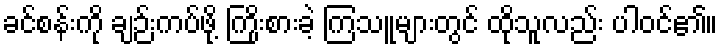
ခင်စန်းကို ချဉ်းကပ်ဖို့ ကြိုးစားခဲ့ ကြသူများတွင် ထိုသူလည်း ပါဝင်၏။